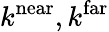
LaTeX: k^{\mathrm{near}},k^{\mathrm{far}}